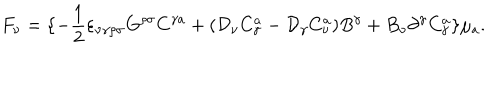
LaTeX: F _ { \nu } = \{ - \frac { 1 } { 2 } \varepsilon _ { \nu \gamma \rho \sigma } G ^ { \rho \sigma } C ^ { \gamma a } + ( { \cal D } _ { \nu } C _ { \gamma } ^ { a } - { \cal D } _ { \gamma } C _ { \nu } ^ { a } ) B ^ { \gamma } + B _ { \nu } \partial ^ { \gamma } C _ { \gamma } ^ { a } \} \mu _ { a } .